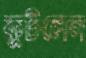
কুটলেন